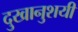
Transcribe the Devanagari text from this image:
दुखानुशयी